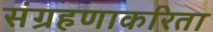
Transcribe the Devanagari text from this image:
संग्रहणाकरिता